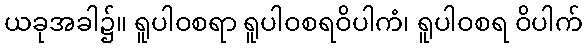
ယခုအခါ၌။ ရူပါဝစရာ ရူပါဝစရဝိပါကံ၊ ရူပါဝစရ ဝိပါက်